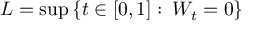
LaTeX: L = \operatorname* { s u p } \left\{ t \in [ 0 , 1 ] \, \colon \, W _ { t } = 0 \right\}